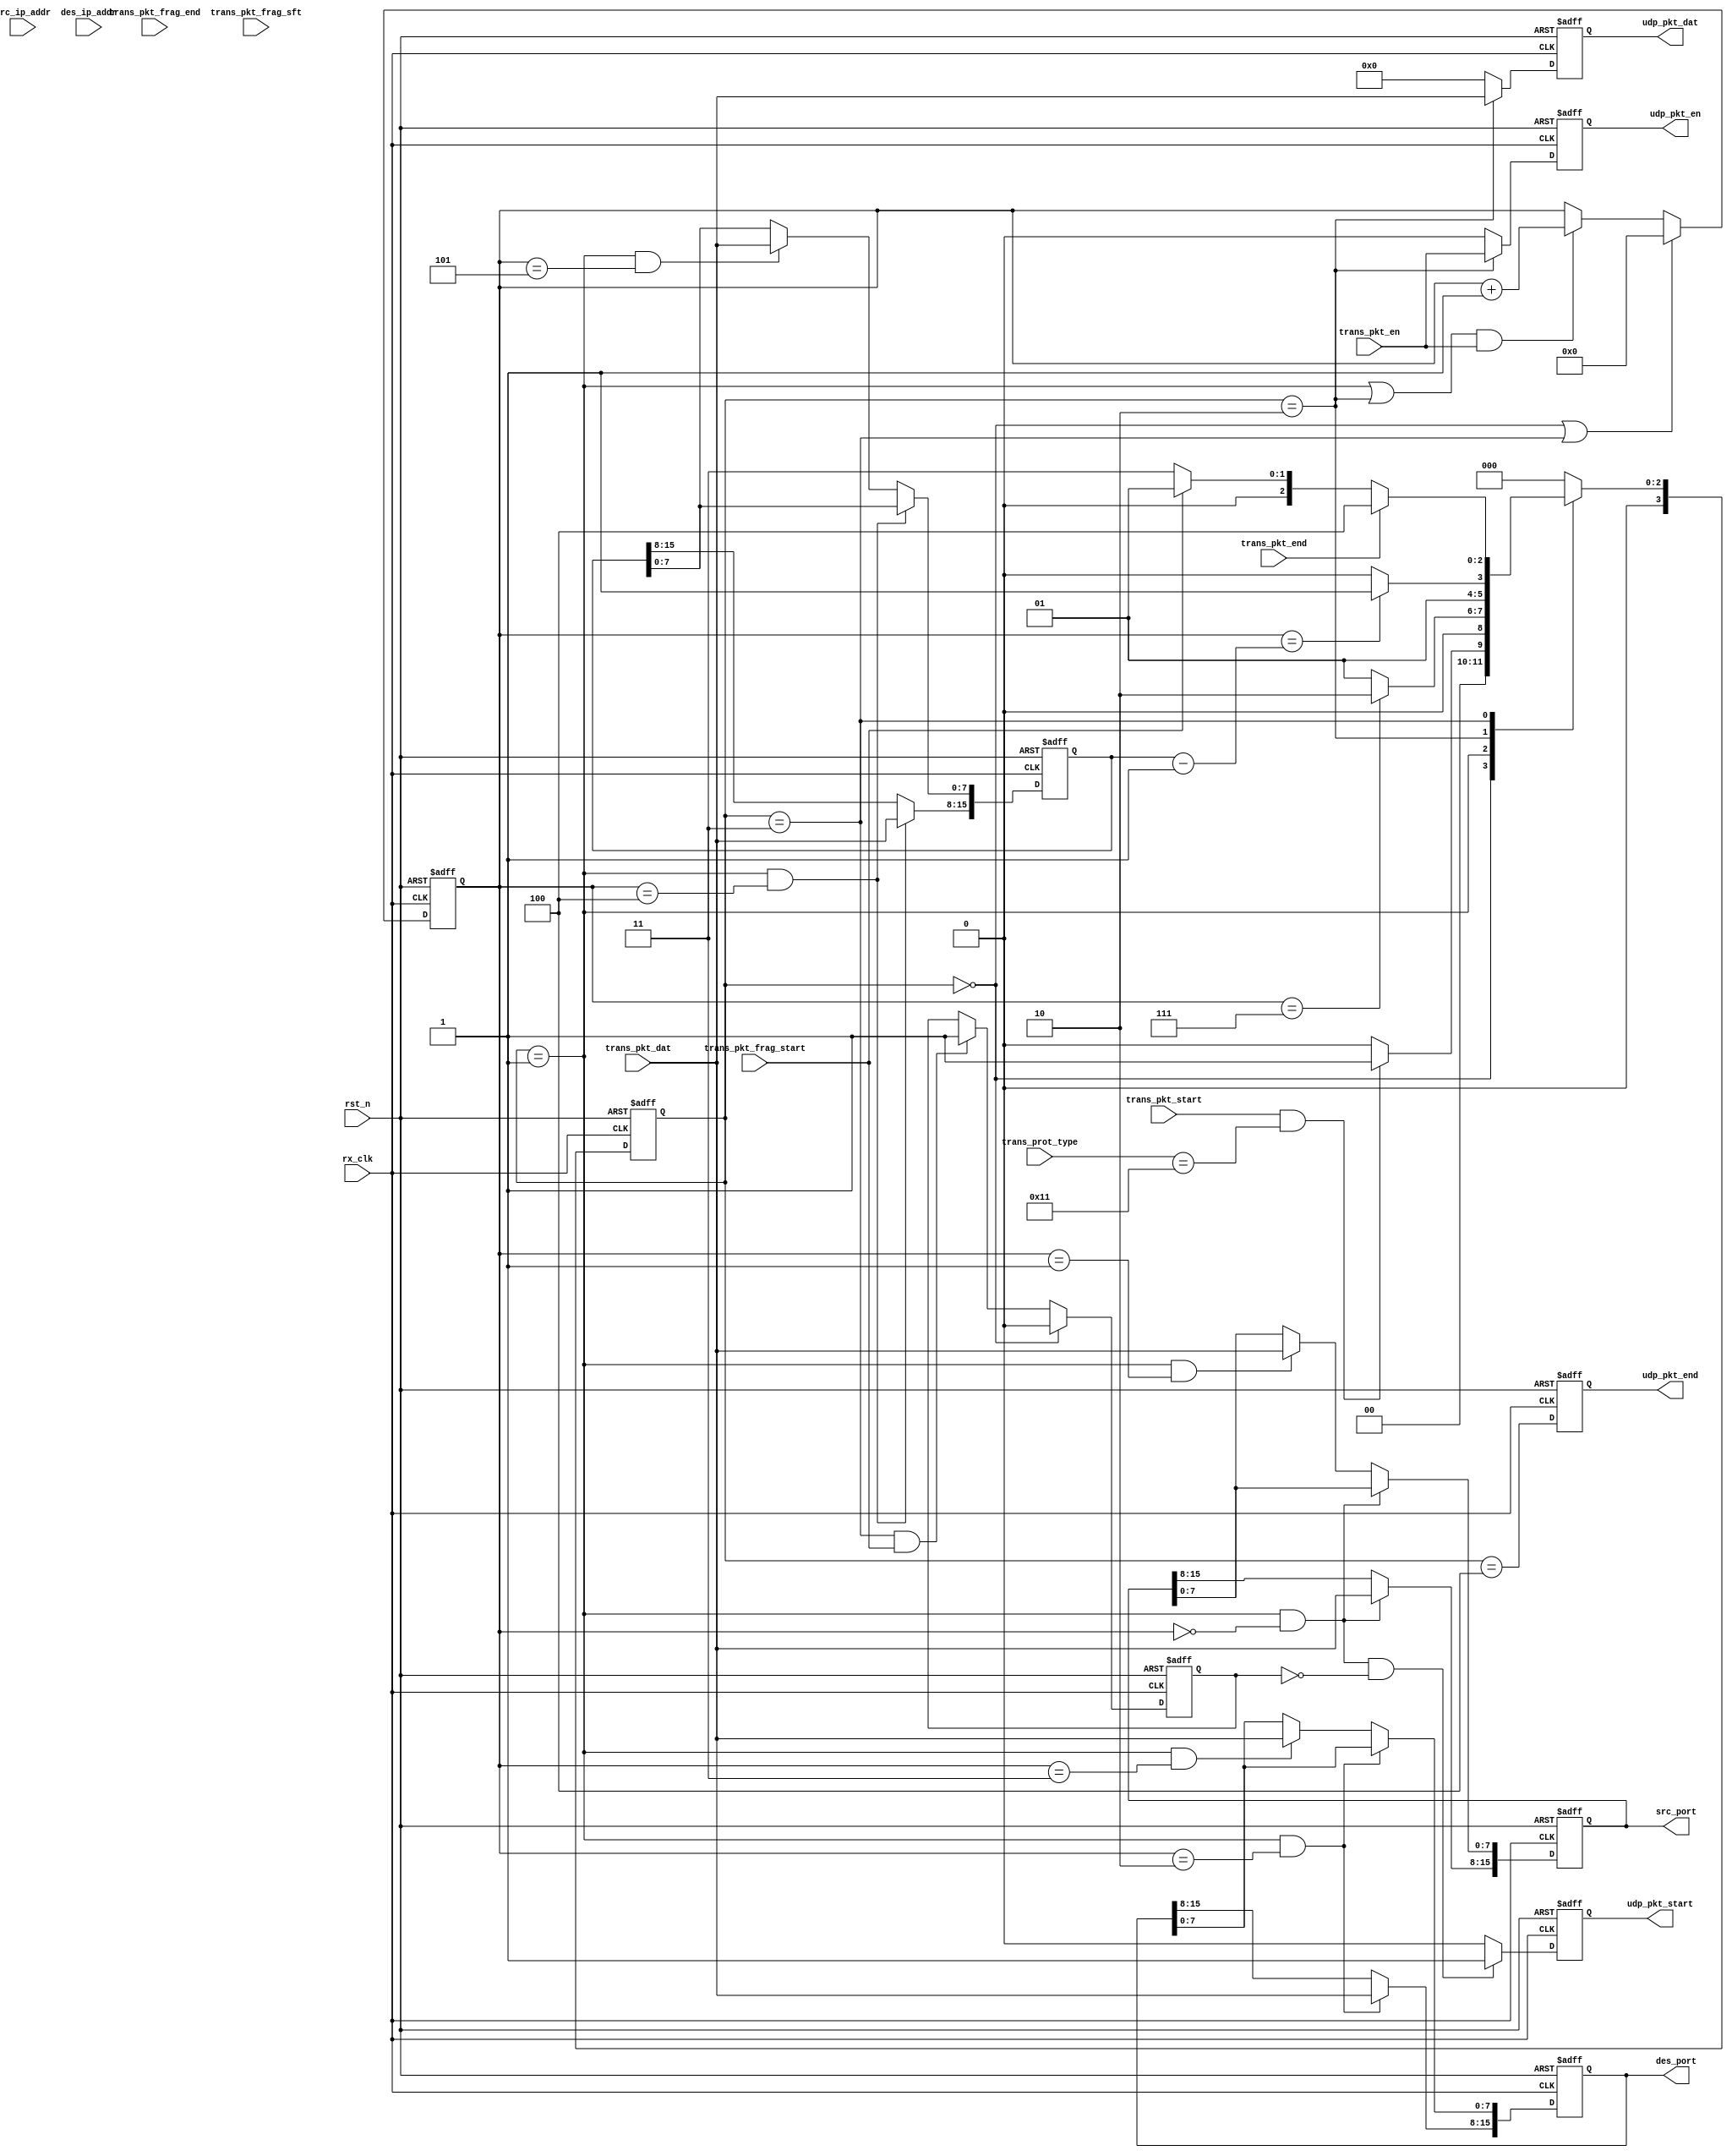
//
//unpack udp packet and merge fragment
//
module udp_unpack
  (
   input wire 	     rx_clk, //125Mhz
   input wire 	     rst_n,

   input wire [31:0] src_ip_addr,
   input wire [31:0] des_ip_addr,
   input wire [7:0]  trans_prot_type, //tcp = 8'h06, dup = 8'h11, etc.

   input wire 	     trans_pkt_start,
   input wire 	     trans_pkt_frag_start,
   input wire 	     trans_pkt_frag_end,
   input wire 	     trans_pkt_end,

   input wire [12:0] trans_pkt_frag_sft,
   input wire 	     trans_pkt_en,
   input wire [7:0]  trans_pkt_dat,

   output reg [15:0] src_port,
   output reg [15:0] des_port,

   output reg 	     udp_pkt_start,
   output reg 	     udp_pkt_en,
   output reg [7:0]  udp_pkt_dat,
   output reg 	     udp_pkt_end
   
   );

  reg [3:0] 	     pkt_cs;
  reg [3:0] 	     pkt_ns;

  parameter IDLE  = 4'd0;
  parameter HEAD  = 4'd1;
  parameter DATA  = 4'd2;
  parameter FRAG  = 4'd3;
  parameter DONE  = 4'd4;

  wire 		     st_idle;
  wire 		     st_head;
  wire 		     st_data;
  wire               st_frag;
  wire 		     st_done;

  reg [10:0] 	     byte_cnt;
  reg [15:0] 	     udp_pkt_len;

  reg 		     frag_en;
  
  always@(posedge rx_clk, negedge rst_n)
    if(!rst_n)
      pkt_cs <= IDLE;
    else
      pkt_cs <= pkt_ns;

  always@(*)
    case(pkt_cs)
      IDLE:
	if(trans_pkt_start && trans_prot_type == 8'h11)pkt_ns = HEAD;
	else pkt_ns = IDLE;
      HEAD:
	if(byte_cnt == 11'd7)pkt_ns = DATA;
	else pkt_ns = HEAD;
      DATA:
	if(byte_cnt == udp_pkt_len - 1'b1)pkt_ns = FRAG;
	else pkt_ns = DATA;
      FRAG:
	if(trans_pkt_end)pkt_ns = DONE;
	else if(trans_pkt_frag_start)pkt_ns = HEAD;
        else pkt_ns = FRAG;
      DONE:
	pkt_ns = IDLE;
      default:
	pkt_ns = IDLE;
    endcase

  assign st_idle = (pkt_cs == IDLE);
  assign st_head = (pkt_cs == HEAD);
  assign st_data = (pkt_cs == DATA);
  assign st_frag = (pkt_cs == FRAG);
  assign st_done = (pkt_cs == DONE);

  always@(posedge rx_clk, negedge rst_n)
    if(!rst_n)
      byte_cnt <= 11'd0;
    else if(st_idle || st_frag)
      byte_cnt <= 11'd0;
    else if((st_head | st_data) && trans_pkt_en)
      byte_cnt <= byte_cnt + 1'b1;

  always@(posedge rx_clk, negedge rst_n)
    if(!rst_n)
      src_port <= 16'b0;
    else if(st_head && byte_cnt == 11'd0)
      src_port[15:8] <= trans_pkt_dat;
    else if(st_head && byte_cnt == 11'd1)
      src_port[7:0] <= trans_pkt_dat;

  always@(posedge rx_clk, negedge rst_n)
    if(!rst_n)
      des_port <= 16'b0;
    else if(st_head && byte_cnt == 11'd2)
      des_port[15:8] <= trans_pkt_dat;
    else if(st_head && byte_cnt == 11'd3)
      des_port[7:0] <= trans_pkt_dat;  

  always@(posedge rx_clk, negedge rst_n)
    if(!rst_n)
      udp_pkt_len <= 16'b0;
    else if(st_head && byte_cnt == 11'd4)
      udp_pkt_len[15:8] <= trans_pkt_dat;
    else if(st_head && byte_cnt == 11'd5)
      udp_pkt_len[7:0] <= trans_pkt_dat;  

  always@(posedge rx_clk, negedge rst_n)
    if(!rst_n)
      udp_pkt_start <= 1'b0;
    else if(st_head && (byte_cnt == 11'd0) && ~frag_en)
      udp_pkt_start <= 1'b1;
    else
      udp_pkt_start <= 1'b0;

  always@(posedge rx_clk, negedge rst_n)
    if(!rst_n)
      udp_pkt_end <= 1'b0;
    else
      udp_pkt_end <= st_done;

  always@(posedge rx_clk, negedge rst_n)
    if(!rst_n)
      begin
	udp_pkt_en <= 1'b0;
	udp_pkt_dat <= 8'b0;
      end
    else if(st_data)
      begin
	udp_pkt_en <= trans_pkt_en;
	udp_pkt_dat <= trans_pkt_dat;
      end
    else
      begin
	udp_pkt_en <= 1'b0;
	udp_pkt_dat <= 8'b0;
      end
  
  always@(posedge rx_clk, negedge rst_n)
    if(!rst_n)
      frag_en <= 1'b0;
    else if(st_idle)
      frag_en <= 1'b0;
    else if(st_frag && trans_pkt_frag_start)
      frag_en <= 1'b1;
  
endmodule // udp_unpack